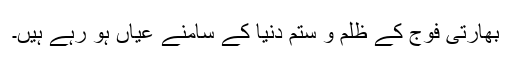
بھارتی فوج کے ظلم و ستم دنیا کے سامنے عیاں ہو رہے ہیں۔